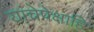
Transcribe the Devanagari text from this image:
यांचेपेक्षाहि